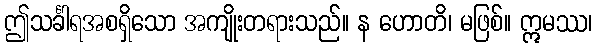
ဤသင်္ခါရအစရှိသော အကျိုးတရားသည်။ န ဟောတိ၊ မဖြစ်။ ဣမဿ၊